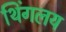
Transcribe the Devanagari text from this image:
थिंगलय